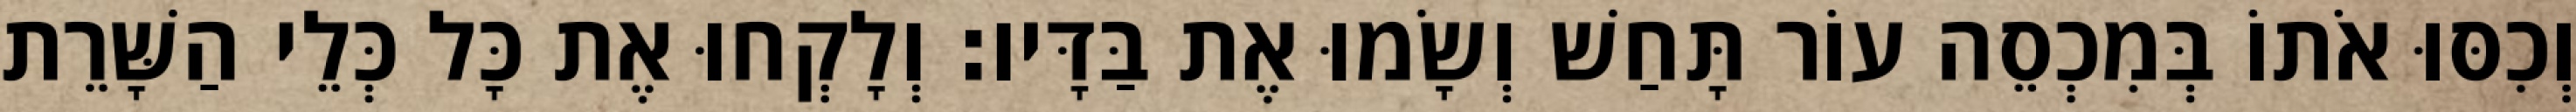
וְכִסּוּ אֹתוֹ בְּמִכְסֵה עוֹר תָּחַשׁ וְשָׂמוּ אֶת בַּדָּיו׃ וְלָקְחוּ אֶת כָּל כְּלֵי הַשָּׁרֵת